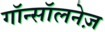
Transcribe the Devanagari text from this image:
गॉन्सॉलनेज़